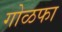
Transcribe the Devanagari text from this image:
गोळफा